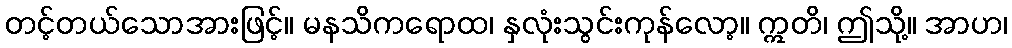
တင့်တယ်သောအားဖြင့်။ မနသိကရောထ၊ နှလုံးသွင်းကုန်လော့။ ဣတိ၊ ဤသို့။ အာဟ၊